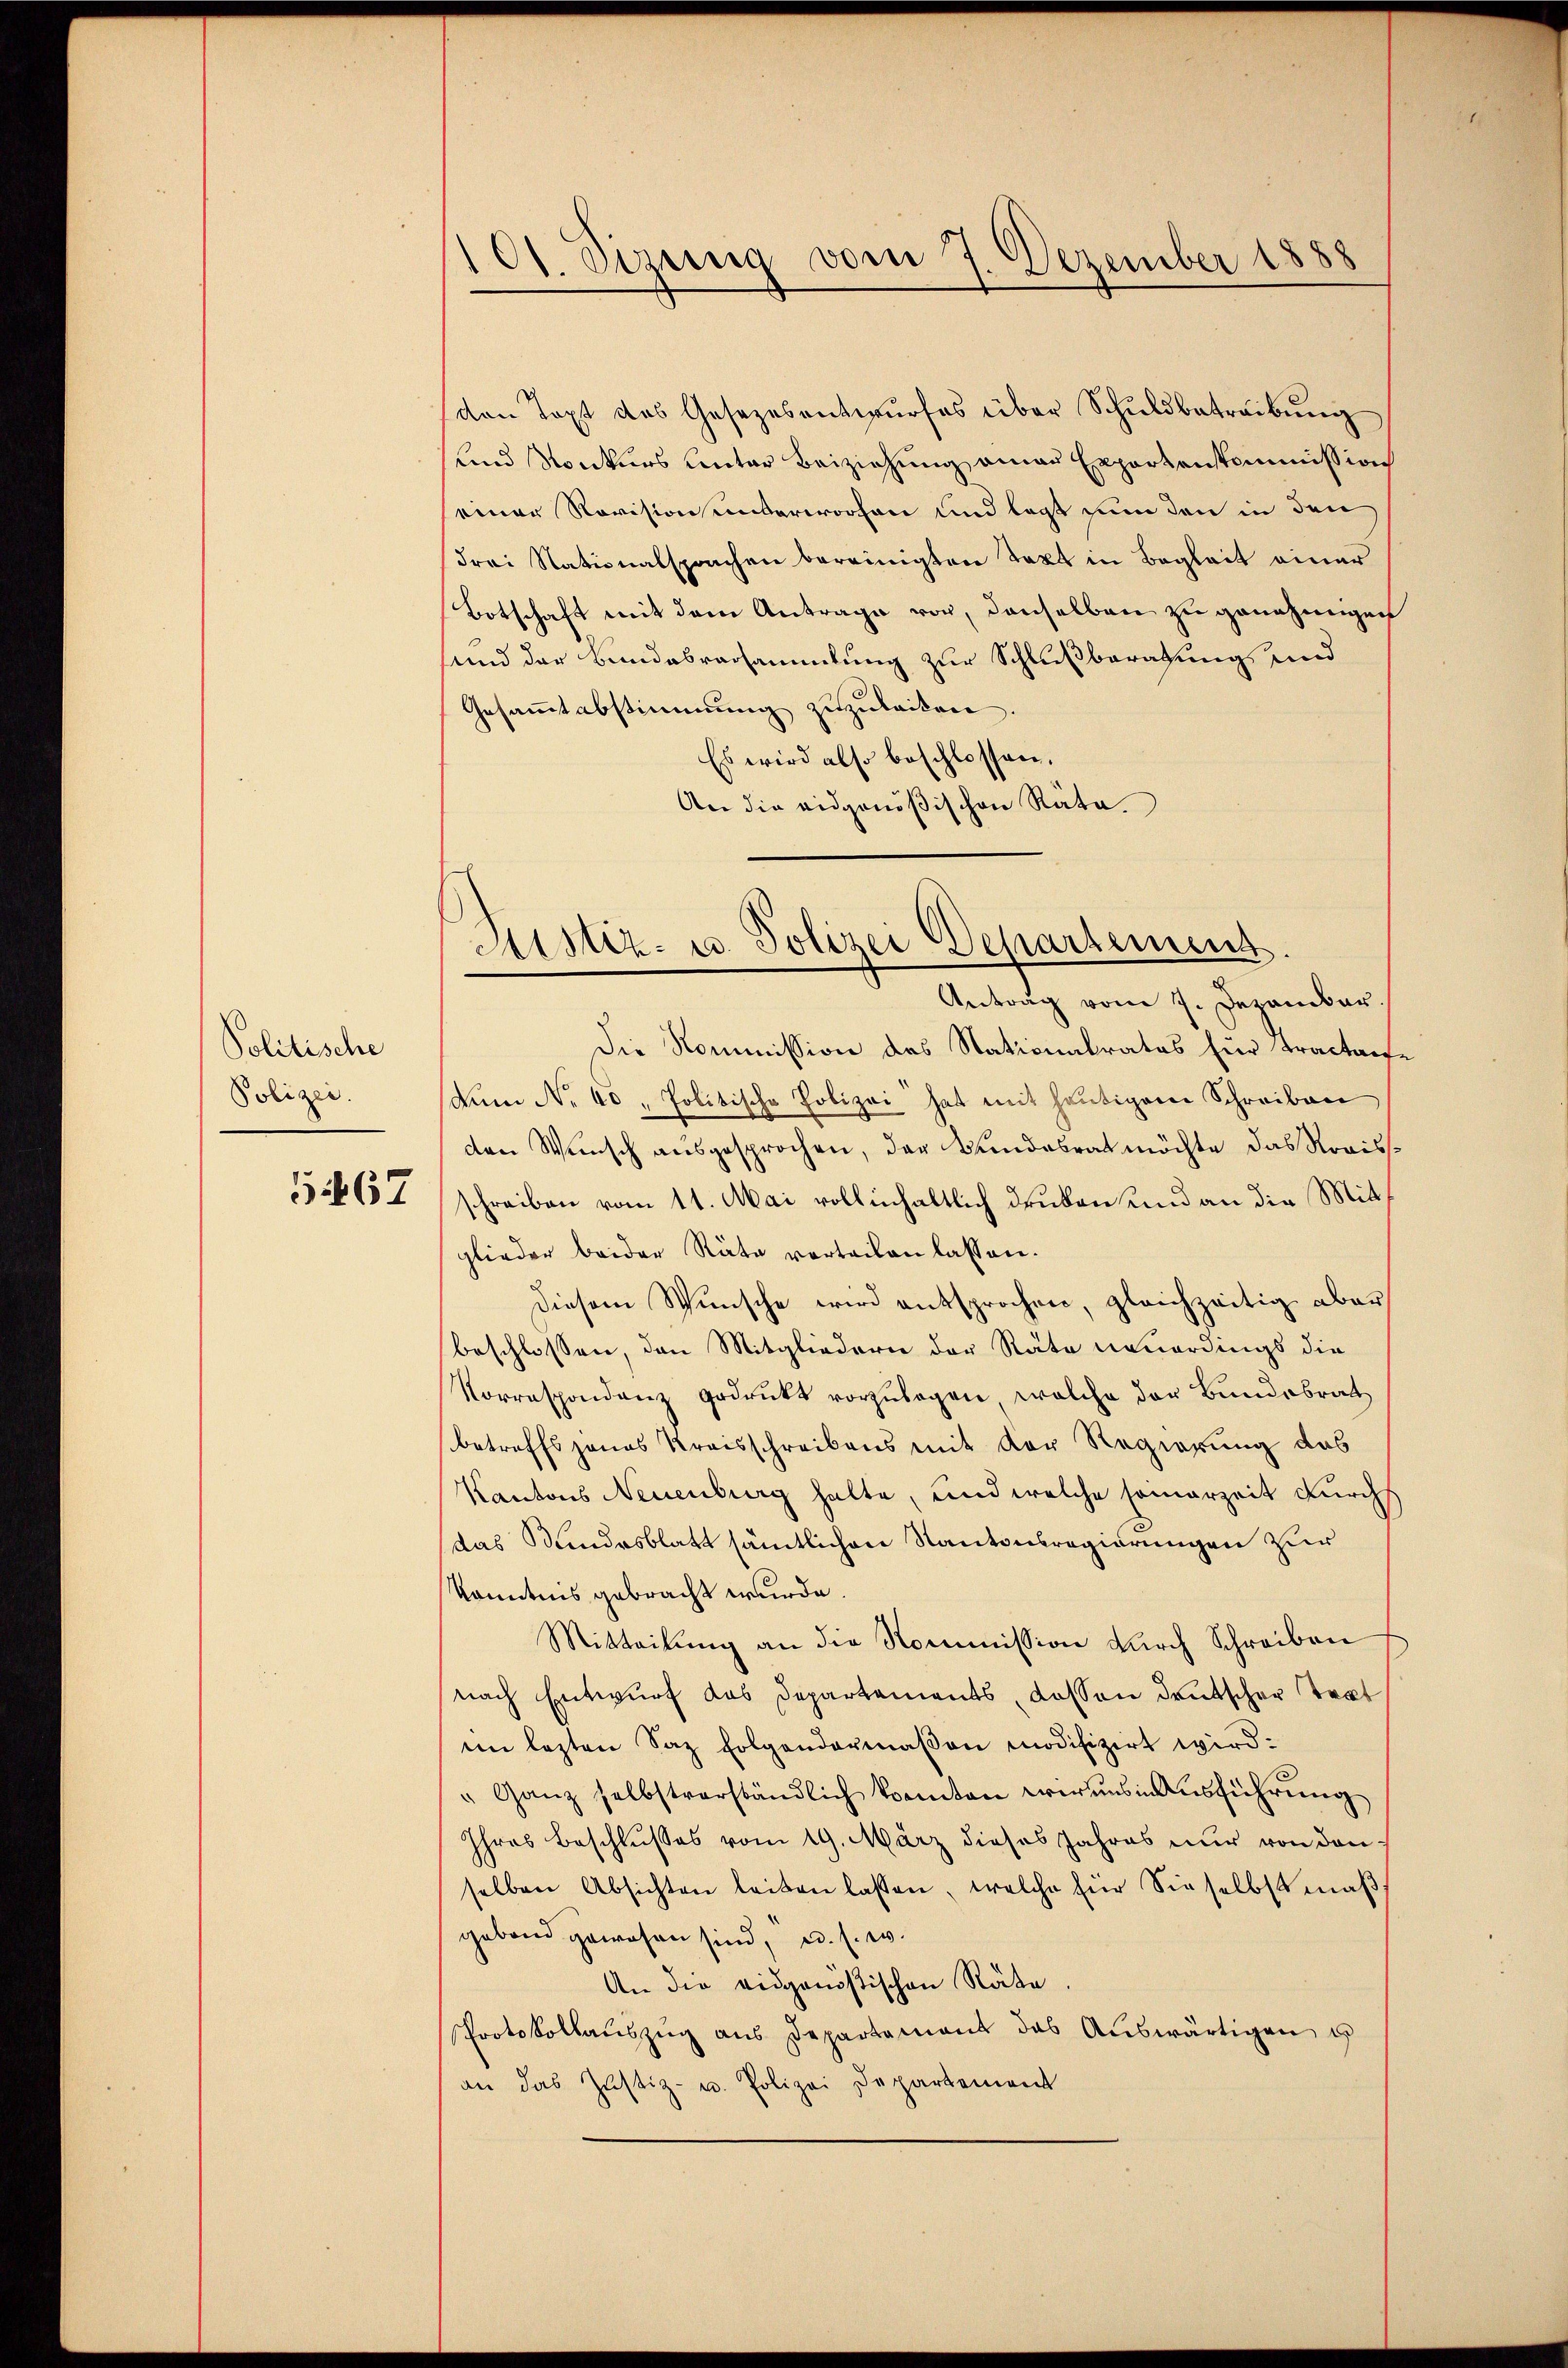
Politische
Polizei.
5467

101. Sizung vom 7. Dezember 1888

von Text des Gesezesentwŭrfes über Schuldbetreibung
und Konkurs unter Beiziehung aman Expertenkommission
einer Revision unterworfen und legt nun den in den
drei Nationalsprachen bereinigten Text in Begleit einer
Botschaft mit dem Antrage vor, denselben zu genehmigen
und der Bundesversammlung zur Schlußberatung und
Gesammtabstimmung zuzuleiten.
Es wird also beschlossen,
An die eidgenößischen Räte.

Astiz- u. Polizei Departemens
Antrag vom 7. Dezember

Die Kommission des Stationalrates für Tractan¬
Aen No 40, Politische Polizei hat mit heutigene Schreiben
den Wunsch ausgesprochen, der Bundesrat möchte das Revissschreiben vom 11. Mai vollinhaltlich druben und an die Mitt
glieder beider Räte vorteilen lassen.
Diesem Wunsche wird entsprochen, gleichzeitig aber
beschlossen, den Mitgliedern der Räte neuerdings die
Korrespondenz gedrukt vorzŭlegen welche der Bundesrat
betreffs jenes Kreisschreibens mit der Regierung das
Kantons Neuenburg halte, und welche seinerzeit durch
das Kundesblatt sämtlichen Kantonsregierungen zur
Kenntnis gebracht wurde.
Mitteilŭng an die Kommission durch Schreiben
nach Entwurf das Departements, dassen deutscher Tekt
im lezten Saz folgendermaßen modifizirt wird.
" Ganz selbstverständlich konnten werdes in Ausführung
Ihres Beschlusses vom 19. März dieses Jahres nur von den
selben Absichten leiten lassen, welche für Sie selbst maβ
gebend gewesen sind, u. s. w.
An die eidgenößischen Räte.
Protokollaŭszŭg aŭs Departement das Aŭswärtigen u
an das Justiz- u. Polizei Departement